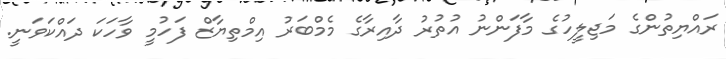
ރައްޔިތުންގެ މަޖިލީހުގެ މާފަންނު އުތުރު ދާއިރާގެ މެމްބަރު އިމްތިޔާޒް ފަހުމީ ވާހަކަ ދައްކަވަނީ.